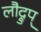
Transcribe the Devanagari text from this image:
लौद्रुप्